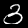
Digit: 3